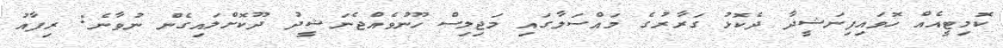
ކޮމިޓީއެއް ހޮވައިފިނަޝީދާ ދެކޮޅު ގަރާރުގެ މައްސަލާގައި މަޖިލިސް ހޫނުވެއްޖެނަޝީދު ދޫކޮށްލައިގެން ނުވާނެ: ރިފާއު